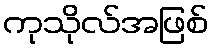
ကုသိုလ်အဖြစ်